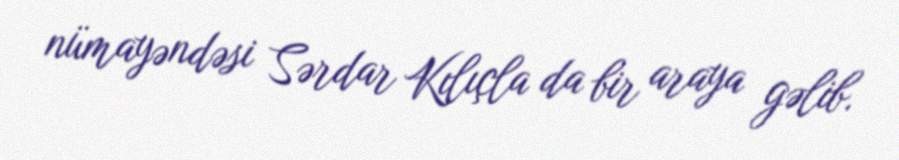
nümayəndəsi Sərdar Kılıçla da bir araya gəlib.